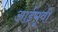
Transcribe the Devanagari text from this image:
आईमूवी